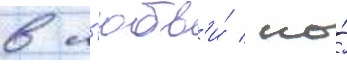
в л'юбв'и́ / но́